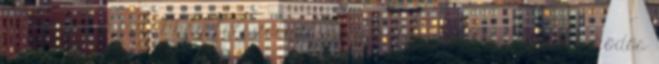
feleségét, a korábban felszolgálóként dolgozó Alice Kimet a ködös